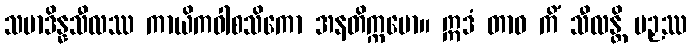
သမာဒိန္နသီလဿ ကာယိကဝါစသိကော အနတိက္ကမော။ ဣဒံ တာဝ ကိံ သီလန္တိ ပဉှဿ